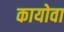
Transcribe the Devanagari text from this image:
कायोवा